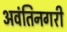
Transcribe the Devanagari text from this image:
अवंतिनगरी